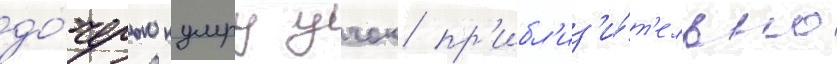
до́черью кумру учок пр'ибл'из'и́т'ельно